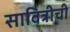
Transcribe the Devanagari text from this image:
सावित्रीची